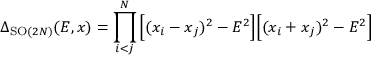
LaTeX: \Delta _ { \mathrm { S O } ( 2 N ) } ( E , x ) = \prod _ { i < j } ^ { N } \Big [ ( x _ { i } - x _ { j } ) ^ { 2 } - E ^ { 2 } \Big ] \Big [ ( x _ { i } + x _ { j } ) ^ { 2 } - E ^ { 2 } \Big ]